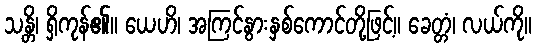
သန္တိ၊ ရှိကုန်၏။ ယေဟိ၊ အကြင်နွားနှစ်ကောင်တို့ဖြင့်။ ခေတ္တံ၊ လယ်ကို။